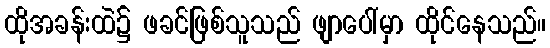
ထိုအခန်းထဲ၌ ဖခင်ဖြစ်သူသည် ဖျာပေါ်မှာ ထိုင်နေသည်။